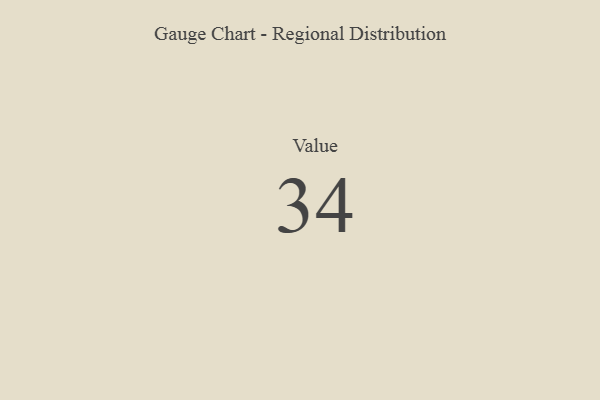
{"axis": {"x": "Metric", "y": "Value"}, "legend": [""], "data": [{"x": "Value", "y": 34, "type": ""}]}